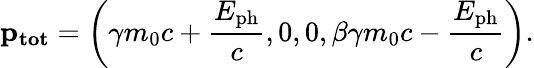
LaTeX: \mathbf{p_{tot}}=\left(\gamma m_{0}c+\frac{E_{\mathrm{ph}}}{c},0,0,\beta\gamma m_{0}c-\frac{E_{\mathrm{ph}}}{c}\right).